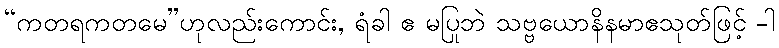
“ကတရကတမေ”ဟုလည်းကောင်း, ရံခါ ဧ မပြုဘဲ သဗ္ဗယောနိနမာဧသုတ်ဖြင့် -ါ